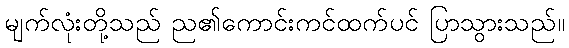
မျက်လုံးတို့သည် ည၏ကောင်းကင်ထက်ပင် ပြာသွားသည်။